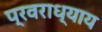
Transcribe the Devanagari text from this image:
प्रवराध्याय